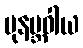
ပုနဗ္ဘဝါယ